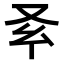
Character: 𠬯